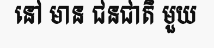
នៅ មាន ជនជាតិ មួយ